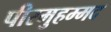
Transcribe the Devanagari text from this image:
पीरमुहम्मद